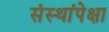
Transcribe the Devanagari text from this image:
संस्थांपेक्षा